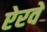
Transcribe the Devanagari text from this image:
ऐरवे